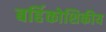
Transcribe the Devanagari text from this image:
बर्हिकोशिकीय